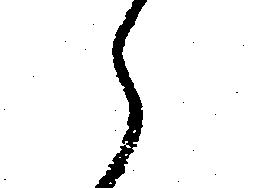
え